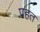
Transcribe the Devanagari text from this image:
पहत